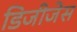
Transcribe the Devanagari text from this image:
डिजीजेस